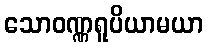
သောဝဏ္ဏရူပိယာမယာ